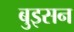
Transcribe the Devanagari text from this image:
बुइसन